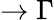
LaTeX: \rightarrow\Gamma